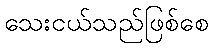
သေးငယ်သည်ဖြစ်စေ